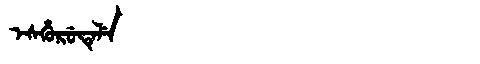
Manchu: ᡝᠰᡥᡠᡵᡠᡨᡝᠯᡝ
Romanization: ESHURUTELE